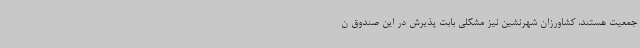
جمعیت هستند، کشاورزان شهرنشین نیز مشکلی بابت پذیرش در این صندوق ن